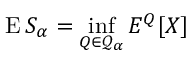
\operatorname { E } S _ { \alpha } = \operatorname* { i n f } _ { Q \in { \mathcal { Q } } _ { \alpha } } E ^ { Q } [ X ]